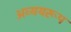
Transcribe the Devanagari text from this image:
अव्ययरूप